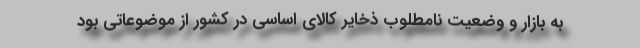
به بازار و وضعیت نامطلوب ذخایر کالای اساسی در کشور از موضوعاتی بود